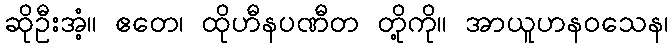
ဆိုဦးအံ့။ ဧတေ၊ ထိုဟီနပဏီတ တို့ကို။ အာယူဟနဝသေန၊